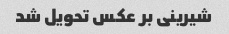
شیرینی بر عکس تحویل شد